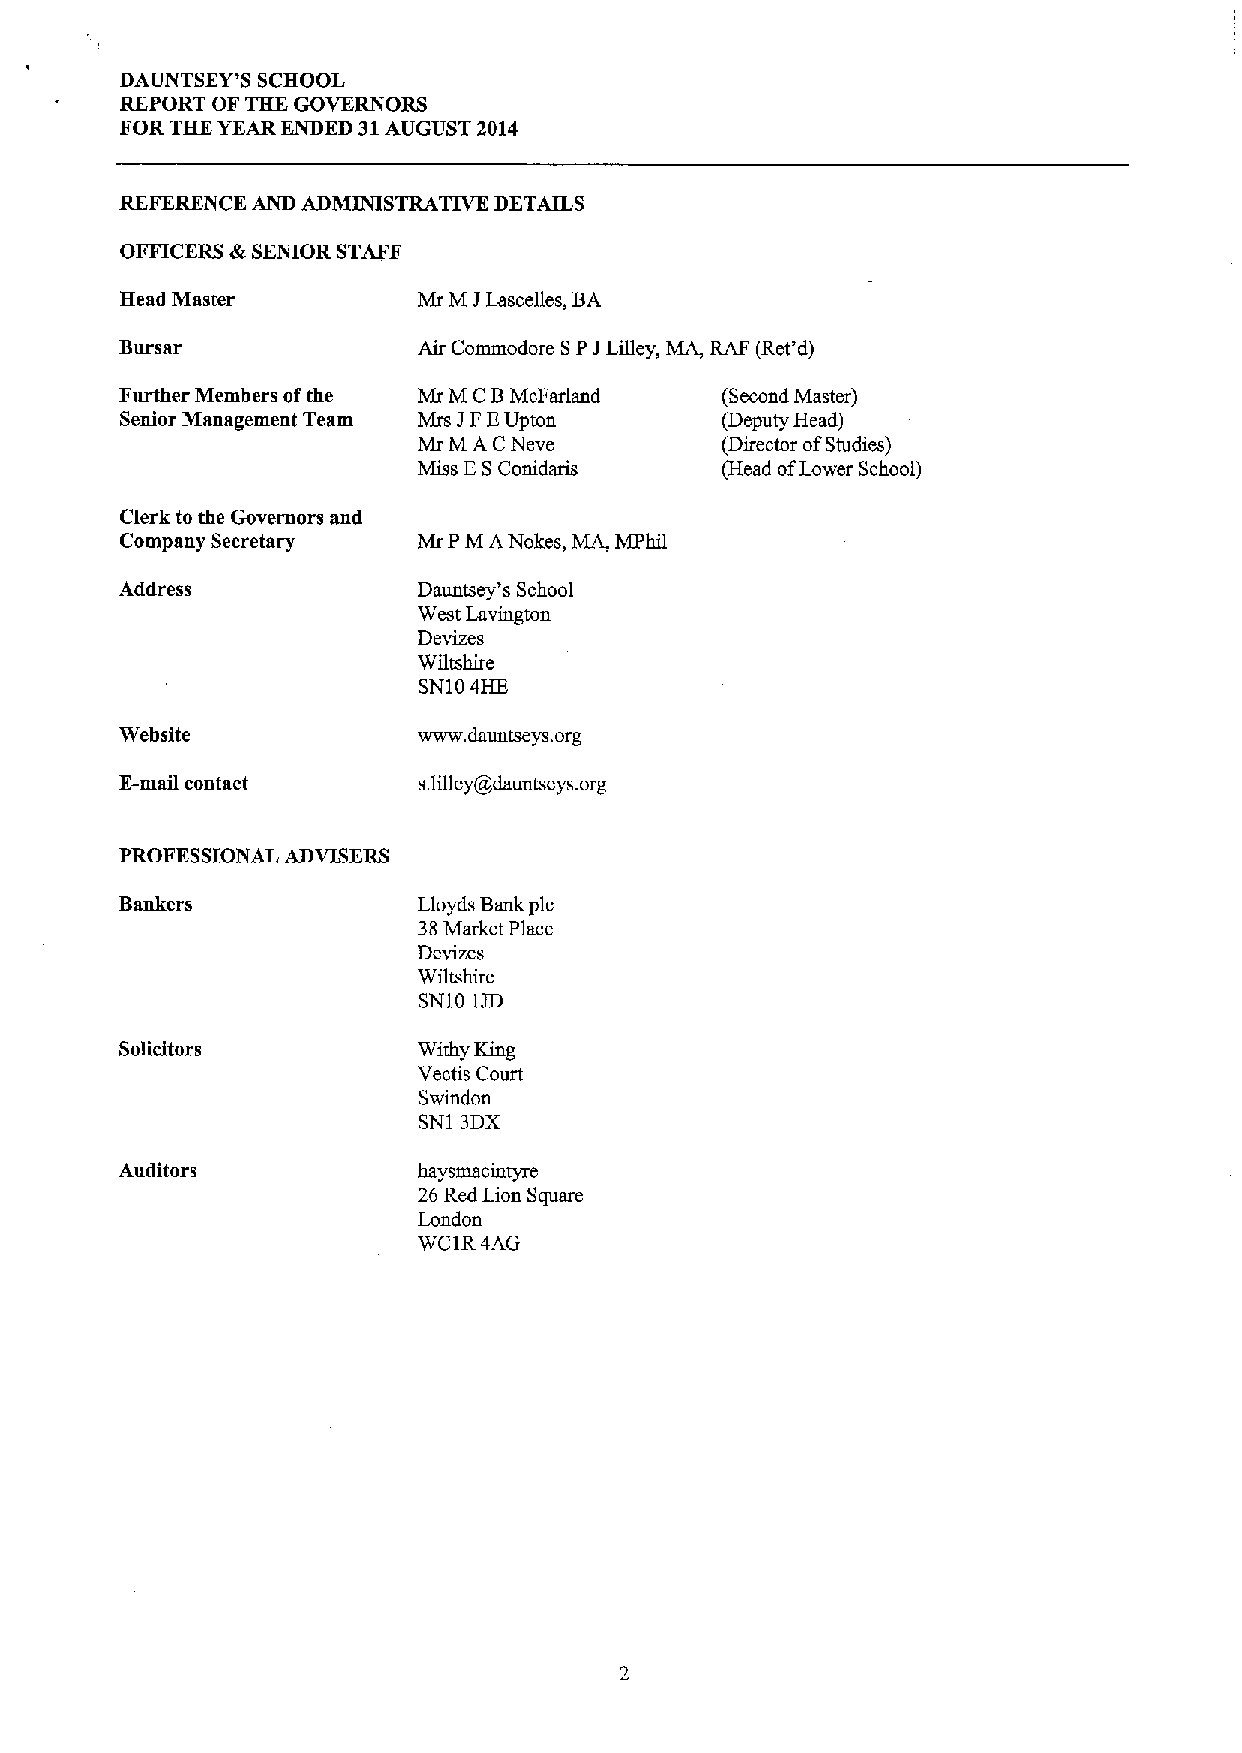
DAUNTSEY'S SCHOOL
 REPORT OF THE GOVERNORS
 FOR THK YEAR ENDED 31AUGUST 2014
 REFERENCE AND ADMINISTRATIVE DETAILS
 OFFICERS &SENIOR STAFF
 Head Master         Mr M JLascelles, BA
 Bursar              Air Commodore SP JLilley, MA, RAF (Ret'd)
 Further Members ofthe Mr M CBMcFarland  (Second Master)
 Senior Management Team Mrs JFEUpton     (Deputy Head)
 Mr M A CNeve        (Director ofStudies)
 Miss ESConidaris    (Head ofLower School)
 Clerk to the Governors and
 Company Secretary   Mr PM ANokes, MA, Mphil
 Address             Dauntsey's School
 West Lavington
 Devizes
 Wiltshire
 SN104HE
 Website             www. dauntseys. Ol'g
 E-mail contact      s.lilley@dauutseys. org
 PROFESSIONAL ADVISERS
 Bankers             Lloyds Bank pic
 38Market Place
 Devizes
 Wiltshire
 SN10 1JD
 Solicitors          Withy King
 Vectis Court
 Swindon
 SN1 3DX
 Auditors            hsysmaciutyre
 26 Red Lion Square
 London
 WC1R4AG